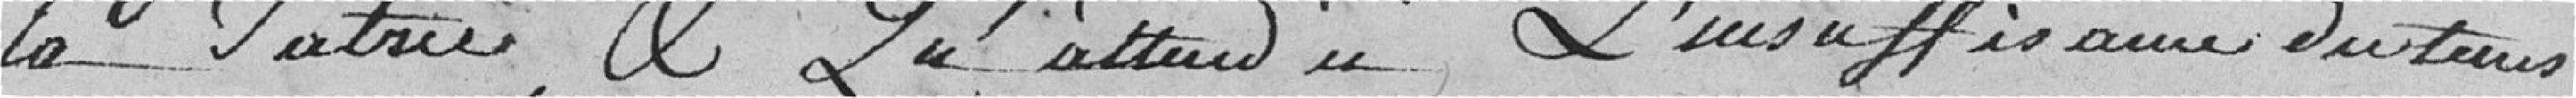
la Patrie, et qu'attendu l'insuffisance du temps